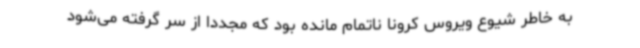
به خاطر شیوع ویروس کرونا ناتمام مانده بود که مجدداً از سر گرفته می‌شود